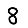
Digit: 8